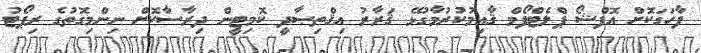
ފާހަގަކޮށް އޮފްޝޯ ޕްލެޓްފޯމް ޤާއިމުކުރުމާގުޅޭ ޤަރާރު އިޤްތިޞާދީ ކޮމިޓީން ދިރާސާކޮށް ނިންމިގޮތުގެ ރިޕޯޓު